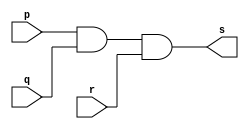
// ------------------------- 
// Exercicio0009 - AND
// Nome: Guilherme Moreira Nunes 
// ------------------------- 
// ------------------------- 
// -- and gate1 
// ------------------------- 
module andgate1 ( output s, input p, input q, input r ); 
assign s = p & q & r; 
endmodule // andgate 
// --------------------- 
// -- and gate2 
// --------------------- 
module andgate2 ( output x, input s );
assign x = s & s;
endmodule // andgate

module testandgate;
// ------------------------- dados locais 
reg a;
reg b;
reg c; // definir registradores 
wire s; // definir conexao (fio) 
// ------------------------- instancia 
andgate1 AND1 (s, a, b, c);
andgate2 AND2 (x, s);
// ------------------------- preparacao 
initial begin:start 
// atribuicao simultanea 
// dos valores iniciais 
a=0; b=0; c=0;
end 
// ------------------------- parte principal 
initial begin 
$display("Exercicio0009 - Guilherme Moreira Nunes - 408947"); 
$display("Test AND gate com 3 entradas."); 
$display("\na & b & c = s\n"); 
a=0; b=0; c=0;
$monitor("%b & %b & %b = %b", a, b, c, x); 
#1 a=0; b=0; c=1;
#1 a=0; b=1; c=0;
#1 a=0; b=1; c=1;
#1 a=1; b=0; c=0;
#1 a=1; b=0; c=1;
#1 a=1; b=1; c=0;
#1 a=1; b=1; c=1;
end 
endmodule // testandgate